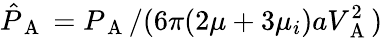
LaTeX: \hat{P}_{\mathrm{~A~}}=P_{\mathrm{~A~}}/(6\pi(2\mu+3\mu_{i})aV_{\mathrm{~A~}}^{2})